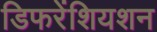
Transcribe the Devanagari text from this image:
डिफरेंशियशन